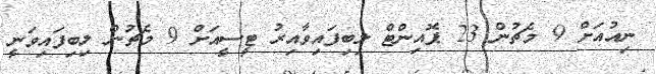
ނިއުއަށް 9 މެޗުން 23 ޕޮއިންޓް ލިބިފައިވާއިރު ޓީސީއަށް 9 މެޗުން ލިބިފައިވަނީ